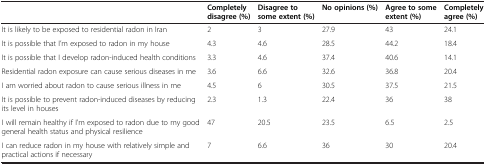
|  | Completely disagree (%) | Disagree to some extent (%) | No opinions (%) | Agree to some extent (%) | Completely agree (%) |
 | --- | --- | --- | --- | --- | --- |
 | It is likely to be exposed to residential radon in Iran | 2 | 3 | 27.9 | 43 | 24.1 |
 | It is possible that I’m exposed to radon in my house | 4.3 | 4.6 | 28.5 | 44.2 | 18.4 |
 | It is possible that I develop radon-induced health conditions | 3.3 | 4.6 | 37.4 | 40.6 | 14.1 |
 | Residential radon exposure can cause serious diseases in me | 3.6 | 6.6 | 32.6 | 36.8 | 20.4 |
 | I am worried about radon to cause serious illness in me | 4.5 | 6 | 30.5 | 37.5 | 21.5 |
 | It is possible to prevent radon-induced diseases by reducing its level in houses | 2.3 | 1.3 | 22.4 | 36 | 38 |
 | I will remain healthy if I’m exposed to radon due to my good general health status and physical resilience | 47 | 20.5 | 23.5 | 6.5 | 2.5 |
 | I can reduce radon in my house with relatively simple and practical actions if necessary | 7 | 6.6 | 36 | 30 | 20.4 |